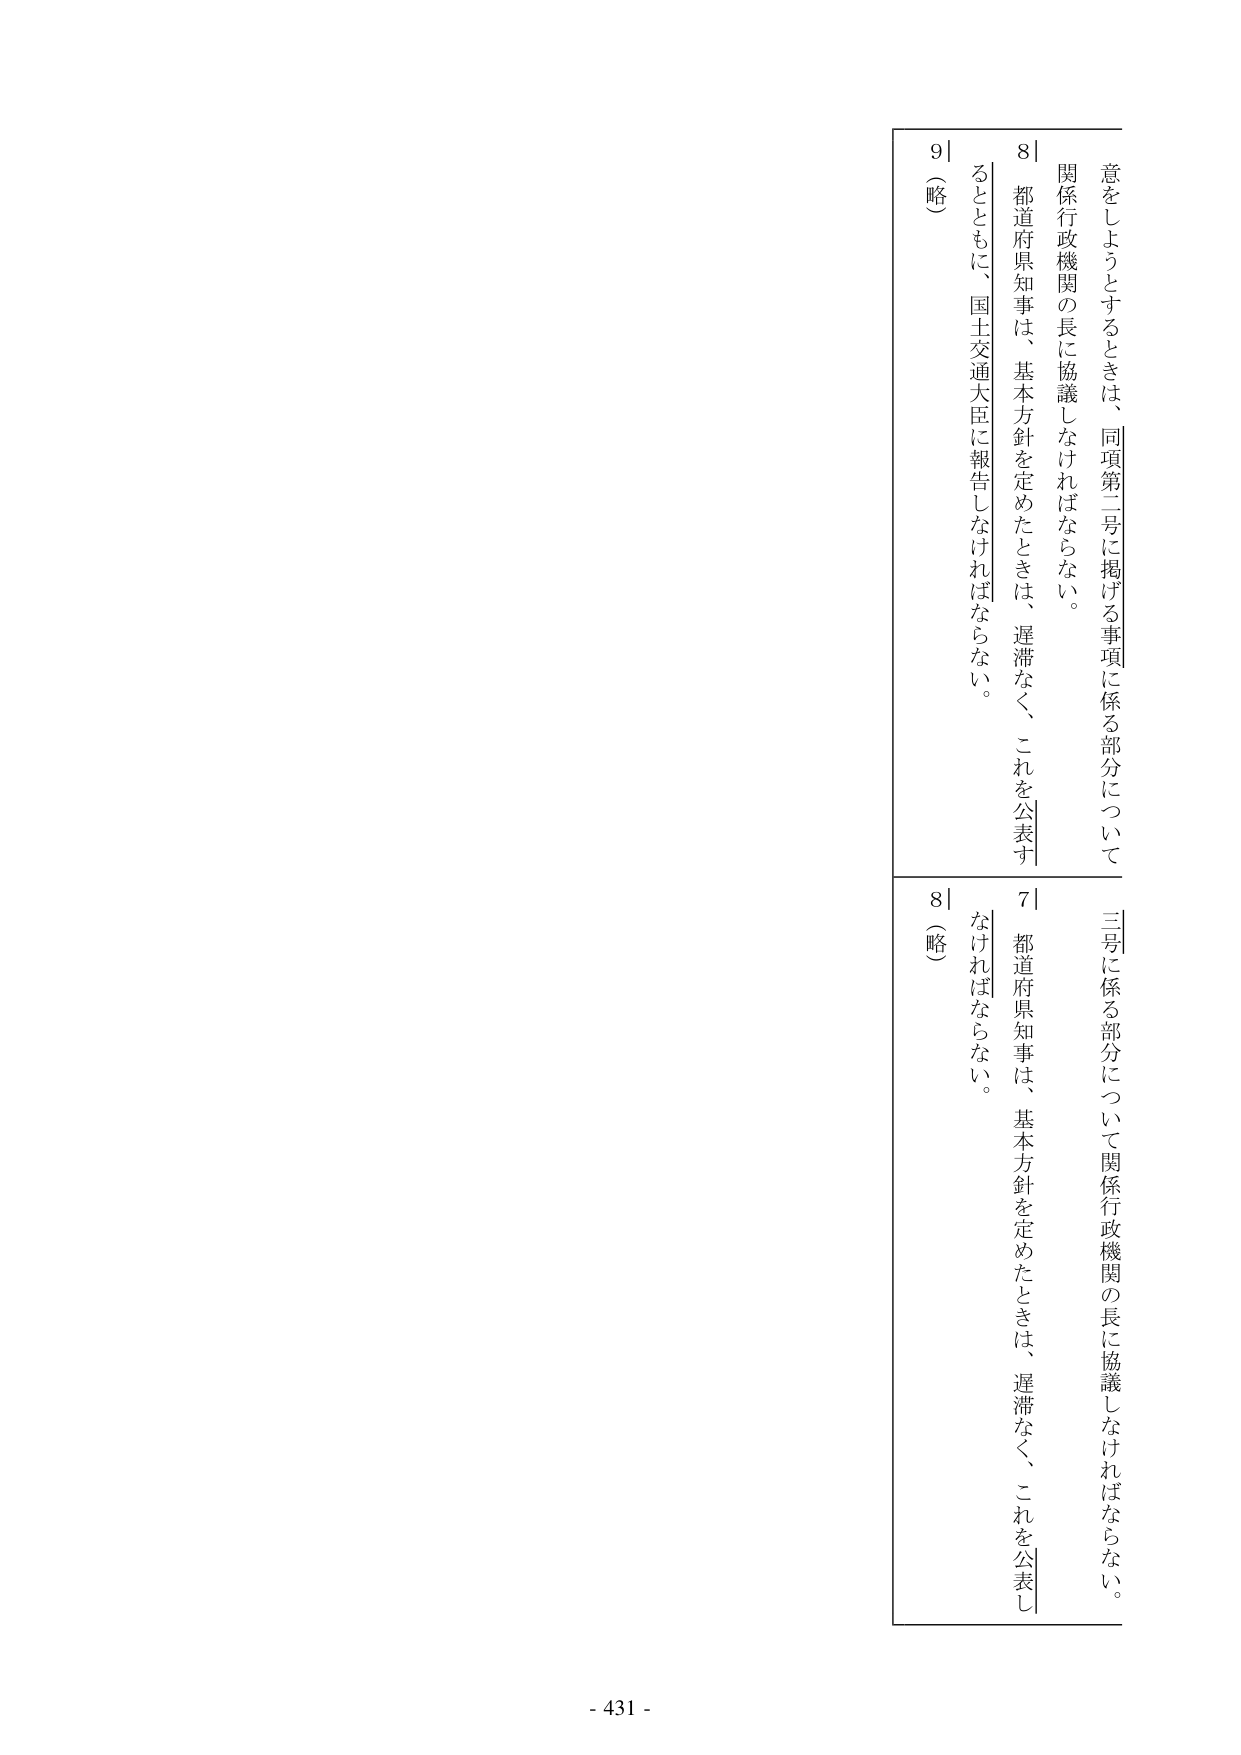
意をしようとするときは、同項第二号に掲げる事項に係る部分について
関係行政機関の長に協議しなければならない。

8｜都道府県知事は、基本方針を定めたときは、遅滞なく、これを公表す
るとともに、国土交通大臣に報告しなければならない。

9｜（略）

三号に係る部分について関係行政機関の長に協議しなければならない。

7｜都道府県知事は、基本方針を定めたときは、遅滞なく、これを公表し
なければならない。

8｜（略）

- 431 -